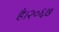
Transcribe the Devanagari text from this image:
है।२०६७